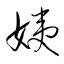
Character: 姨